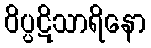
ဝိပ္ပဋိသာရိနော